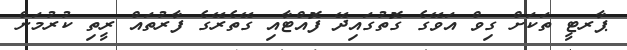
ޕާރޓީ ތަކަށް ގިވް އަވޭގެ ގޮތުގައިދޭ ފޮއްޓާއި ގޭތެރޭގެ ފާރުތައް ރީތި ކުރުމަށް